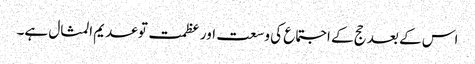
اس کے بعد حج کے اجتماع کی وسعت اور عظمت توعدیم المثال ہے۔